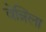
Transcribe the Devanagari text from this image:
वेन्निला